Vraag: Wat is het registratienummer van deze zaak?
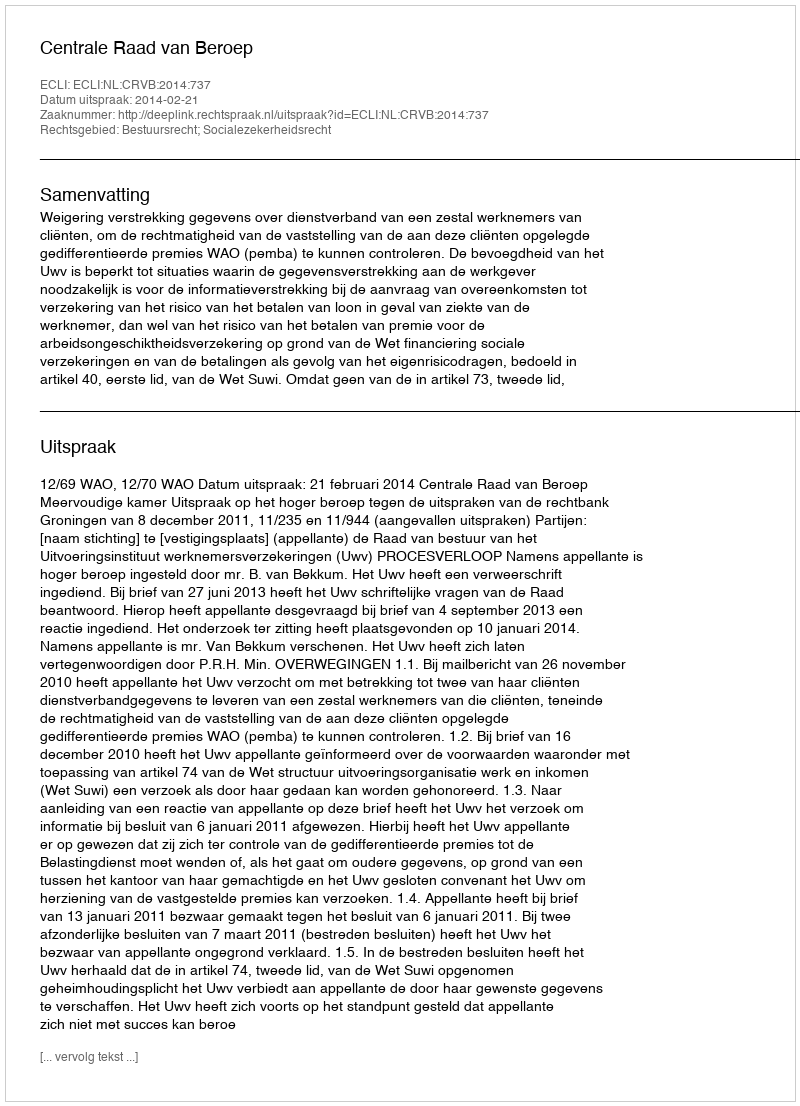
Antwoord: http://deeplink.rechtspraak.nl/uitspraak?id=ECLI:NL:CRVB:2014:737